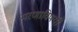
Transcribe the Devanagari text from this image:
मरणाविषयीं